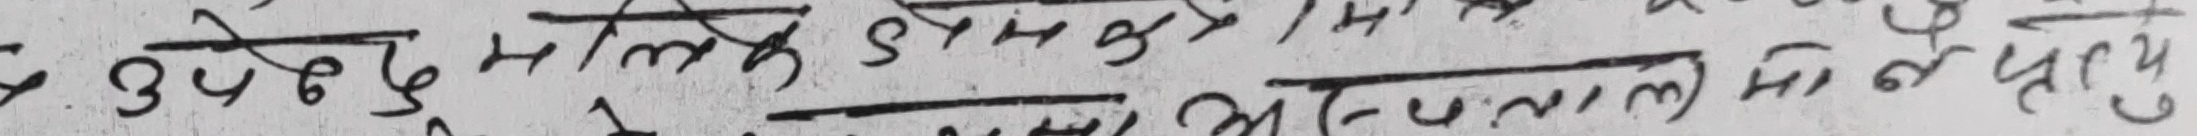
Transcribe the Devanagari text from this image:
उफ्रेर माथि डम्पर में
मन्जु नालामा आएर पुग्यो